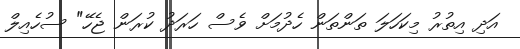
އަދި އިތުރު މިކަހަލަ ތަންތަން ހެދުމަށް ވެސް ހަރަދު ކުރަން ޖެހޭ" ސުހެއިލް